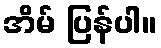
အိမ် ပြန်ပါ။